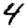
Digit: 4